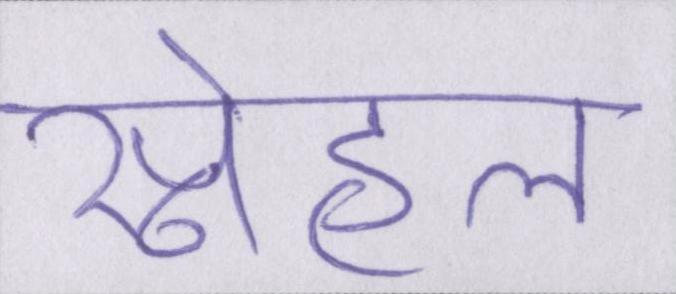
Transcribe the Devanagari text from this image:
स्नेहल